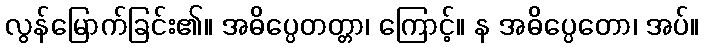
လွန်မြောက်ခြင်း၏။ အဓိပ္ပေတတ္တာ၊ ကြောင့်။ န အဓိပ္ပေတော၊ အပ်။